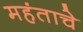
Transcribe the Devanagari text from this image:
महंताचे